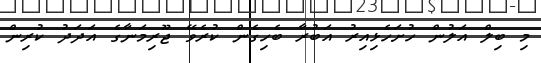
މި ބިލް އަލުން ހުށަހެޅިއިރު އަބުރާ ބެހިގެން ކުރެވޭ ޖޫރިމަނާގެ އަދަދު ކުރިން